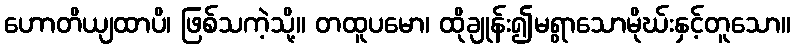
ဟောတိယျထာပိ၊ ဖြစ်သကဲ့သို့။ တထူပမော၊ ထိုချုန်း၍မရွာသောမိုဃ်းနှင့်တူသော။